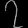
Digit: ၇